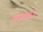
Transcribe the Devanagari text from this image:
बहत्क्षय